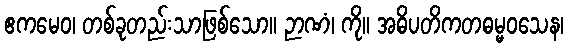
ဧကမေဝ၊ တစ်ခုတည်းသာဖြစ်သော။ ဉာဏံ၊ ကို။ အဓိပတိကတဓမ္မဝသေန၊